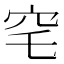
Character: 𮃸